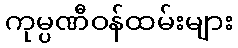
ကုမ္ပဏီဝန်ထမ်းများ